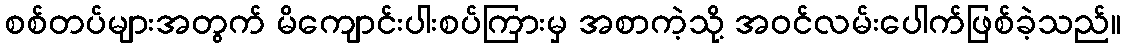
စစ်တပ်များအတွက် မိကျောင်းပါးစပ်ကြားမှ အစာကဲ့သို့ အဝင်လမ်းပေါက်ဖြစ်ခဲ့သည်။